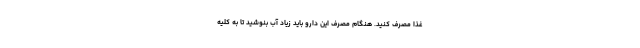
غذا مصرف کنید. هنگام مصرف این دارو باید زیاد آب بنوشید تا به کلیه